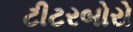
ટીટરબોરો